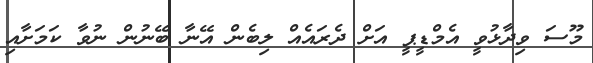
މޫސަ ވިދާޅުވީ އެމްޑީޕީ އަށް ދެރައެއް ލިބެން އޭނާ ބޭނުން ނުވާ ކަމަށާއި